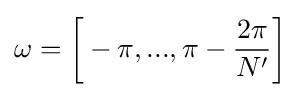
\omega ={\bigg [}-\pi ,...,\pi -{\frac {2\pi }{N'}}{\bigg ]}